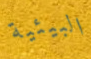
البيئية